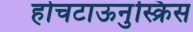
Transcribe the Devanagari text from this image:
होचटाऊनुस्क्रिस